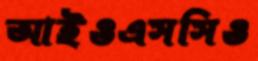
আইওএসসিও